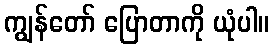
ကျွန်တော် ပြောတာကို ယုံပါ။